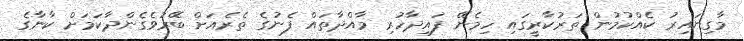
މާގިނައިރު ކެއްކުމުން ތަރުކާރީގައި ހިމެނޭ ފައިދާހުރި މާއްދާތައް ފެނުގެ ތެރެއަށް ބޭރުވެގެންދާކަމަށް ކާނާގެ